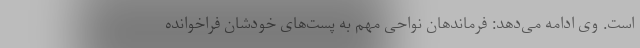
است. وی ادامه می‌دهد: فرماندهان نواحی مهم به پست‌های خودشان فراخوانده